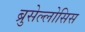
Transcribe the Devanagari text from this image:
ब्रुसेल्लोसिस